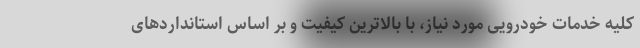
کلیه خدمات خودرویی مورد نیاز، با بالاترین کیفیت و بر اساس استانداردهای